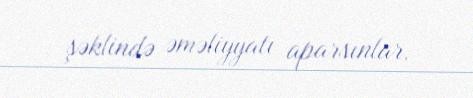
şəklində əməliyyatı aparsınlar.